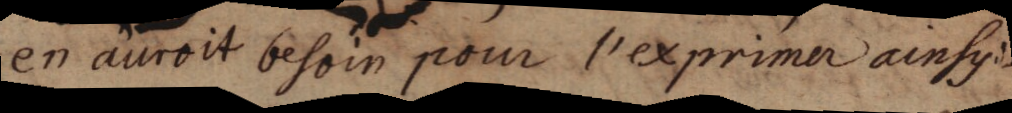
en auroit besoin pour l’exprimer ainsy: